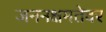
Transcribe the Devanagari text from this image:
जननक्षमतेवर